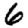
Digit: 6